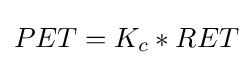
PET=K_{c}*RET